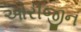
ઓરીજીન